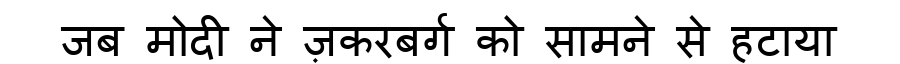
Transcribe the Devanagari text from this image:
जब मोदी ने ज़करबर्ग को सामने से हटाया